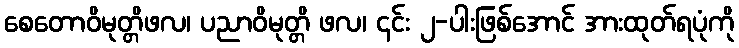
စေတောဝိမုတ္တိဖလ၊ ပညာဝိမုတ္တိ ဖလ၊ ၎င်း ၂-ပါးဖြစ်အောင် အားထုတ်ရပုံကို